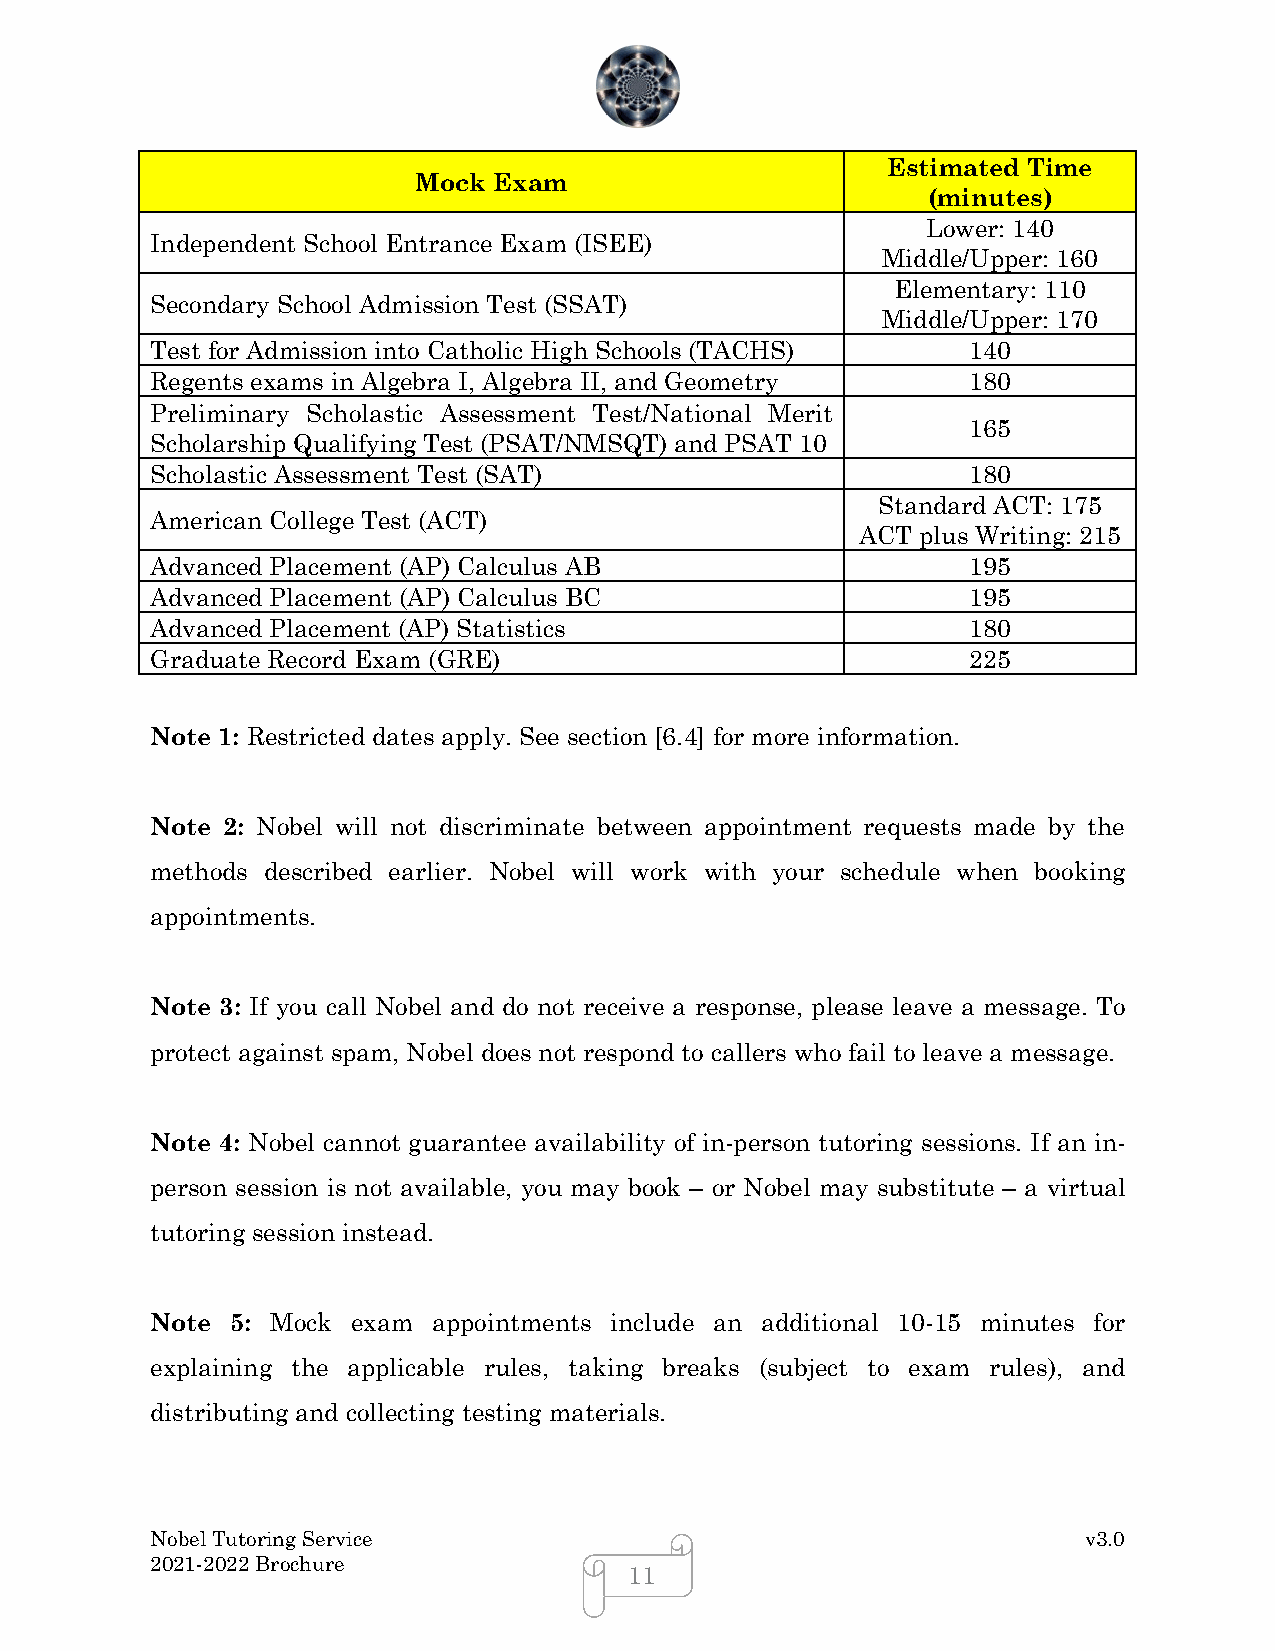
Estimated Time
 Mock Exam
 (minutes)
 Lower: 140
 Independent School Entrance Exam (ISEE)
 Middle/Upper: 160
 Elementary: 110
 Secondary School Admission Test (SSAT)
 Middle/Upper: 170
 Test for Admission into Catholic High Schools (TACHS) 140
 Regents exams in Algebra I, Algebra II, and Geometry  180
 Preliminary Scholastic Assessment Test/National Merit
 165
 Scholarship Qualifying Test (PSAT/NMSQT) and PSAT 10
 Scholastic Assessment Test (SAT)                      180
 Standard ACT: 175
 American College Test (ACT)
 ACT plus Writing: 215
 Advanced Placement (AP) Calculus AB                   195
 Advanced Placement (AP) Calculus BC                   195
 Advanced Placement (AP) Statistics                    180
 Graduate Record Exam (GRE)                            225
 Note 1: Restricted dates apply. See section [6.4] for more information.
 Note 2: Nobel will not discriminate between appointment requests made by the
 methods described earlier. Nobel will work with your schedule when booking
 appointments.
 Note 3: If you call Nobel and do not receive a response, please leave a message. To
 protect against spam, Nobel does not respond to callers who fail to leave a message.
 Note 4: Nobel cannot guarantee availability of in-person tutoring sessions. If an in-
 person session is not available, you may book – or Nobel may substitute – a virtual
 tutoring session instead.
 Note 5: Mock exam  appointments include an additional 10-15 minutes for
 explaining the applicable rules, taking breaks (subject to exam rules), and
 distributing and collecting testing materials.
 Nobel Tutoring Service                                        v3.0
 2021-2022 Brochure
 11